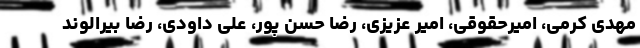
مهدی کرمی، امیرحقوقی، امیر عزیزی، رضا حسن پور، علی داودی، رضا بیرالوند